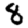
Digit: 8